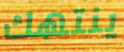
ينتهك